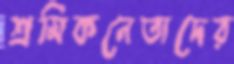
শ্রমিকনেতাদের